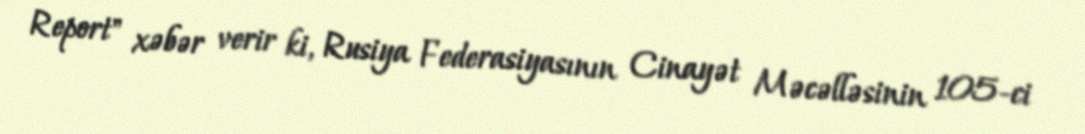
Report" xəbər verir ki, Rusiya Federasiyasının Cinayət Məcəlləsinin 105-ci